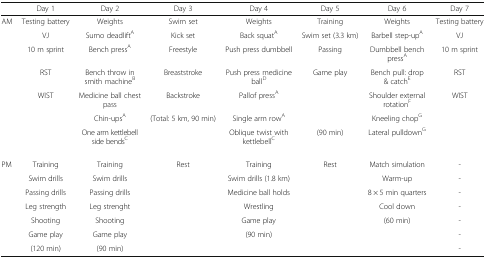
<table><thead><tr><td></td><td><b>Day 1</b></td><td><b>Day 2</b></td><td><b>Day 3</b></td><td><b>Day 4</b></td><td><b>Day 5</b></td><td><b>Day 6</b></td><td><b>Day 7</b></td></tr></thead><tbody><tr><td>AM</td><td>Testing battery</td><td>Weights</td><td>Swim set</td><td>Weights</td><td>Training</td><td>Weights</td><td>Testing battery</td></tr><tr><td></td><td>VJ</td><td>Sumo deadlift<sup>A</sup></td><td>Kick set</td><td>Back squat<sup>A</sup></td><td>Swim set (3.3 km)</td><td>Barbell step-up<sup>A</sup></td><td>VJ</td></tr><tr><td></td><td>10 m sprint</td><td>Bench press<sup>A</sup></td><td>Freestyle</td><td>Push press dumbbell</td><td>Passing</td><td>Dumbbell bench press<sup>A</sup></td><td>10 m sprint</td></tr><tr><td></td><td>RST</td><td>Bench throw in smith machine<sup>B</sup></td><td>Breaststroke</td><td>Push press medicine ball<sup>D</sup></td><td>Game play</td><td>Bench pull: drop &amp; catch<sup>E</sup></td><td>RST</td></tr><tr><td></td><td>WIST</td><td>Medicine ball chest pass</td><td>Backstroke</td><td>Pallof press<sup>A</sup></td><td></td><td>Shoulder external rotation<sup>F</sup></td><td>WIST</td></tr><tr><td></td><td></td><td>Chin-ups<sup>A</sup></td><td>(Total: 5 km, 90 min)</td><td>Single arm row<sup>A</sup></td><td></td><td>Kneeling chop<sup>G</sup></td><td></td></tr><tr><td></td><td></td><td>One arm kettlebell side bends<sup>C</sup></td><td></td><td>Oblique twist with kettlebell<sup>C</sup></td><td>(90 min)</td><td>Lateral pulldown<sup>G</sup></td><td></td></tr><tr><td>PM</td><td>Training</td><td>Training</td><td>Rest</td><td>Training</td><td>Rest</td><td>Match simulation</td><td>-</td></tr><tr><td></td><td>Swim drills</td><td>Swim drills</td><td></td><td>Swim drills (1.8 km)</td><td></td><td>Warm-up</td><td>-</td></tr><tr><td></td><td>Passing drills</td><td>Passing drills</td><td></td><td>Medicine ball holds</td><td></td><td>8 × 5 min quarters</td><td>-</td></tr><tr><td></td><td>Leg strength</td><td>Leg strenght</td><td></td><td>Wrestling</td><td></td><td>Cool down</td><td>-</td></tr><tr><td></td><td>Shooting</td><td>Shooting</td><td></td><td>Game play</td><td></td><td>(60 min)</td><td>-</td></tr><tr><td></td><td>Game play</td><td>Game play</td><td></td><td>(90 min)</td><td></td><td></td><td>-</td></tr><tr><td></td><td>(120 min)</td><td>(90 min)</td><td></td><td></td><td></td><td></td><td>-</td></tr></tbody></table>